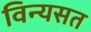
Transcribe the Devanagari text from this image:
विन्यसत